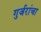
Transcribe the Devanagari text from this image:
गुर्जरांचा